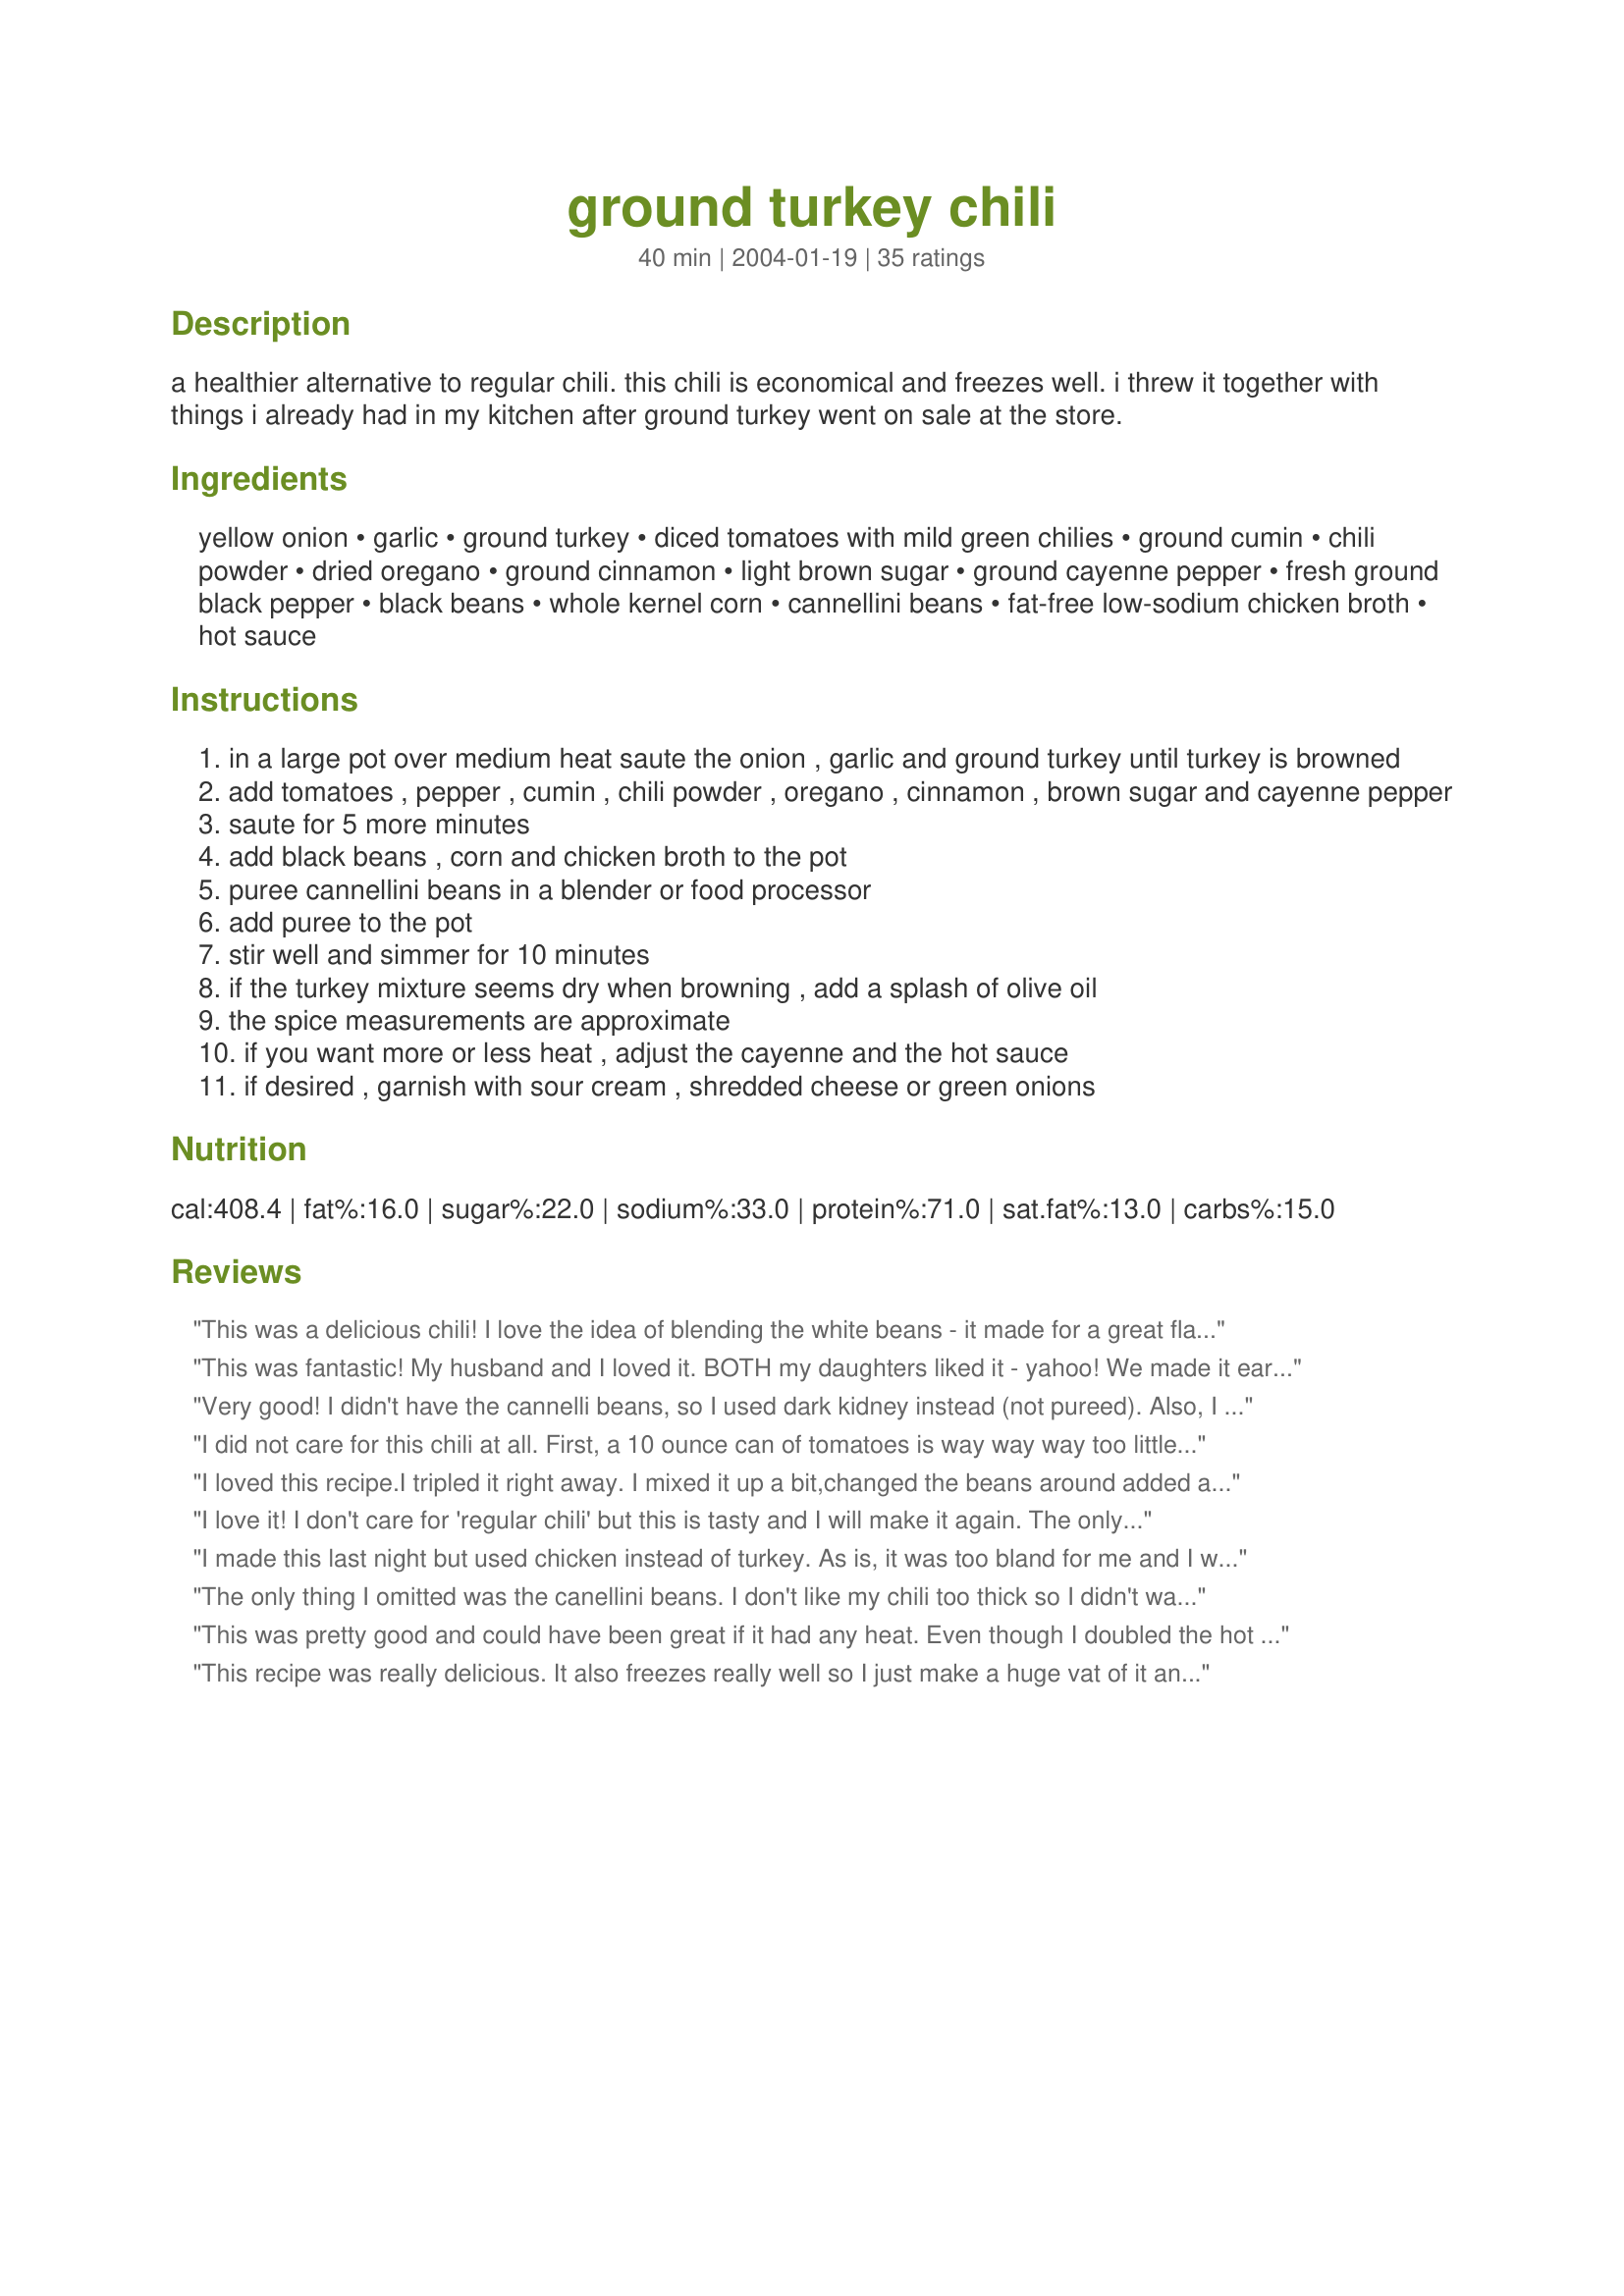
ground turkey chili
Preparation time: 40 minutes

a healthier alternative to regular chili. this chili is economical and freezes well. i threw it together with things i already had in my kitchen after ground turkey went on sale at the store.

Ingredients:
yellow onion, garlic, ground turkey, diced tomatoes with mild green chilies, ground cumin, chili powder, dried oregano, ground cinnamon, light brown sugar, ground cayenne pepper, fresh ground black pepper, black beans, whole kernel corn, cannellini beans, fat-free low-sodium chicken broth, hot sauce

Steps:
in a large pot over medium heat saute the onion , garlic and ground turkey until turkey is browned
add tomatoes , pepper , cumin , chili powder , oregano , cinnamon , brown sugar and cayenne pepper
saute for 5 more minutes
add black beans , corn and chicken broth to the pot
puree cannellini beans in a blender or food processor
add puree to the pot
stir well and simmer for 10 minutes
if the turkey mixture seems dry when browning , add a splash of olive oil
the spice measurements are approximate
if you want more or less heat , adjust the cayenne and the hot sauce
if desired , garnish with sour cream , shredded cheese or green onions

Reviews:
This was a delicious chili! I love the idea of blending the white beans - it made for a great flavour and creamy texture. I didn't have tomatoes with chilies, so I just put tomatoes and some salsa. I also did not add the sugar - it didn't need it in my opinion. Delish!
This was fantastic! My husband and I loved it. BOTH my daughters liked it - yahoo! We made it early in the day so 1/2 of it was gone before dinner. Thanks for the yummy recipe.
Very good! I didn't have the cannelli beans, so I used dark kidney instead (not pureed). Also, I had a frozen vegetable mix of onion and asstd bell peppers, used in place of straight onion. And 1/2 a can of tomato paste.
I know it sounds like I changed several things, but the spice combination is wonderful.
I did not care for this chili at all. First, a 10 ounce can of tomatoes is way way way too little for chili. I added four times that much. Also, there was not enough flavor. It's as if you had to double or triple all of the spices. The purée of a can of beans was nothing short of disgusting. It made the chili creamy. And who wants creamy chili? I'm always on the lookout for a good turkey chili recipe, and I continue to be.
I loved this recipe.I tripled it right away. I mixed it up a bit,changed the beans around added a little more of the spices like KM Soparano suggested in the original write-up ("spice to taste" is I believe what is written)...and because all I had at home was chicken boulion cubes I used three of them and added three bottles of this winter dark ale that I mistakenly bought at Christmas. It was aweful to drink but tasted fantastic in the chili.I've bookmarked the recipe with my own personal notes (chili is always a personal thing...) and I WILL make it again. Love the addition of cinnamon btw. :-)
I love it! I don't care for 'regular chili' but this is tasty and I will make it again. The only thing I did differently was add an additional cup of corn and I didn't puree the beans. The texture turned out just fine and I had one less thing to wash! Thank you KMSoprano for this excellent recipe! I loved the cinnamon flavor!
I made this last night but used chicken instead of turkey. As is, it was too bland for me and I would add 1/4 of the cinnamon that the recipe calls for. Had to double the cayenne and hot sauce and add a teaspoon of salt as well as a packet of Goya ham flavored seasoning. To give it some color since the meat didn&#039;t brown too well I added two teaspoons of tomato paste. Next time I will use half the black beans and add jalape&ntilde;os and green peppers. I love the spicy Mrs. Dash idea too.
The only thing I omitted was the canellini beans. I don't like my chili too thick so I didn't want to get one more dish dirty. I like my food with a bit more kick so I used jalapeños and also a green bell pepper. It was delicious. I agree with some reviewers about the cinnamon; I think I will leave it out next time. I actually was a bit concerned about it the whole time so I used only 1/4 tsp of cinnamon and I was still able to taste it and smell it. The DH loved it. We topped it with cheddar cheese and ate it with french bread. Thanks for sharing. I will never have to buy the chili spice mix again :-)
This was pretty good and could have been great if it had any heat.
Even though I doubled the hot sauce it was still very mild. Note that the recipe does not tell you when to add the hot sauce, so I added it at the same time as the black beans. Next time I will add jalapenos and increase the chili powder. It was healthy and tasted that way!
This recipe was really delicious. It also freezes really well so I just make a huge vat of it and stick it in the freezer. I did change this a little to my liking. I substituted kidney beans for the cannellini beans and I didn't use any corn. Instead of the brown sugar I use a natural sweetner that's called Stevia and I used only a packet of it. It came out delicious and I'm planning on making it again. Keep posting your great recipes and thank you!
This was absolutely delicious! I made it with a tomato soup base and it was soooo good! I used less cinnamon than called for and maybe next time I will leave it out all together. It gave it a nice aroma with the first bite, but bite after bite the cinnamon just kept coming on too strong. I felt like I was eating dessert chili. But with sour cream and cheese this really was a wonderful winter dish.
I have made your recipe twice and I love it!! This time, I just needed to use up some things in my kitchen, so I had a can of chili beans in mild sauce instead of the black beans, cannelini beans and corn and only had a can of tomato paste and a tomato cut up instead of a can of diced. I did have a can of green chiles, however. I must say, I loved it this way!! I also use a lot of spice because I love a kick! Thank you for the great recipe, it was awesome both times I made it and will be making it in the future for sure!
Everyone LOVED this recipe. The second time I made this chili I used ground chicken and added green beans it was just as good. Can't wait to make it again.
This chili is very tasty! I omitted the cinnamon and brown sugar, and used a drained 29-oz can of diced tomatoes plus a couple tablespoons of chopped jalanpenos instead of RoTel. I adore the idea of pureeing the cannellini beans in order to thicken this up-- what a great tip! Thanks so much.
Turkey chili is an excellent idea, and pureeing half of the beans is a master stroke (I used chickpeas) - it makes a wonderful texture. I'm slightly weirded out by the use of cinnamon - I think that I will omit next time. Otherwise, excellent innovative recipe.
I made this recipe with a few modifications because I didn't have some of the ingredients on hand. I left out the green chilis, added red, green, and yellow peppers, some carrots, and peas. I didn't have the green chilis or the corn both of which would have been great additions. However, the spice mix is lovely. The chili was superb, even with all my omissions. My very picky husband LOVED it! Thanks KMSoprano!
You are a smart cookie! A great recipe in under 30 minutes!! I love the pureed step of beans as well, but my grocery store didn't have any cannellini beans so I used pinto. Very nice flavor. I doubled it and will put the leftovers in the freezer for another quick dinner.
This Recipe is really good, I did not have the Caned beans but did have a can of hominy tasted really delicious,
This chili is awesome! I added green and red bell peppers and it was a huge hit in my house! It will definitely be on my regular rotation now!
I added rinsed and drained kidney beans and tomato sauce to get the color and consistency my hubby likes. It was great topped with sliced green onions and cheese. As with most chili, even better the next day.
This was a perfect chili for a rainy day... we had it with corn bread muffins and it was a done deal.... so delicious. The cinnamon adds a fresh new taste to chili!
This was a good hearty soup, although I don't know if I would call it a real chili. I tried this recipe because I liked how many spices went into it, but when I taste tested towards the end of cooking it was suprisingly bland. I had to add a good amount of hot sauce and double the cumin and chili powder before it had any flavor. Next time I make chili, I think I will opt for a more traditional recipe, but this is still a nice healthy alternative for people willing to try something different.
I substituted great northern beans for cannelini and added a can of red beans for variety. I use Tony Chachere Cajun seasoning so omitted the hot sauce. Had about a cup of tomato sauce left in the fridge so threw that in. Ditto for about 3 tblsps of barbecue sauce. Used Mexican corn because that was in the freezer. Omitted the cinnamon but the chili could probably have withstood a pinch of it. This seems to be a recipe you can play with!
This is an excellent recipe for different chili taste! I only used 1/4 tsp of cinnamon and it was still plenty of smell and taste-just enough. I also used cajun seasoning instead of hot sauce. It was great served with Jiffy cornbread. My DH loved it! It was pretty spicy. I will try only 1/2 to 2/3 of a can of RoTel next time. Definitely a keeper!!
This recipe is really brilliant! I was weirded out by the cinnamon at first but decided to go for it and I'm glad I did, because it lends such an incredible flavor. I think people are so used to seeing cinnamon used only in sweets that it seems weird when used with savory foods, but boy this chili is good! I make it in the crockpot, just brown the turkey first and then throw all the ingredients in. It really allows all the flavors to meld and it's so wonderful for winter! I don't add the hot sauce, because it's already spicy enough for me, and I serve it with sour cream and shredded cheese. This is definitely in my favorites file.
This was very different from the usual chili I make. It turned out good, just not what I was expecting. I ended up adding a tablespoon more chili powder and only using a 1/4 teaspoon of cinnamon and still found it a little overpowering and I do prefer more tomato in chili. I really liked the idea of adding pureed white beans. Thanks for sharing the recipe.
I used 2 28oz. cans of tomatoes. Added chopped peppers. Added 4 tbsp. butter and increased some spices. I did not puree beans as I forgot. This was an excellent recipe. will make this often.
It was fabulous. I did not put in the corn because I forgot to buy it at the store. I loved it without the added carbs.
Very good flavor. We modified the recipe slightly: A. Doubled diced tomatoes & green chili (2 cans instead of 1). B. Used unsalted chicken broth (instead of low sodium). C. Used 1/2 teaspoon Mrs. Dash Extra Spicy seasoning. D. Added 2 ounces canned Jalape?os. The flavor was fantastic (not too hot - just a little kick) but the chili could be thicker. Will try adding some cornmeal to thicken it more next time.
This was a fabulous recipe - even my fussy 9 year old ate most of it. It was fast, easy, and made my house smell like I'm a real cook.

I added some leftover risotto and pieces of potato to clean out my fridge. Wouldn't like add the potatoes next time (different texture).
Oooo so good! Thanks!
This is actually really yummy! My somewhat picky husband really liked it too! I used 2 cans of Navy beans instead (1 can blended) and it still turned out delicious! I've been trying to use ground LF turkey in new ways and this is perfect. Great healthy alternative to chili. I already printed and put into my recipe book in the kitchen so I can make over again!
This chile is amazing! I was looking for a low fat alternative using ground turkey, and this is the one! I doubled the tomatoes and added a little extra cumin, chile and brown sugar. I also used fresh corn. I smashed the beans in a bowl instead of pureeing, they really add a nice texture to the chile. My husband gave this recipe 5 stars and requested I make it again next week. Even in the heat of summer, this recipe isnt too heavy and is nice paired with a fresh garden salad.
We all seem to be tweaking this recipe to please our own taste buds -- which makes it an almost perfect recipe for everyone! Used kidney beans, rinsed & drained, no cannelli beans or corn, 1/4 t. cinnamon, and 6 oz. tomato paste to make a wonderful aromatic and full of flvor, fast & easy dinner for us...have added to my favorites for use again!
Very good. Loved the cinnamon! Not fond of overly spicy, so cut the heat so it had a nice bite, but was not too much. Didn't have white beans so substituted pintos for the pureed part and added a can of rinsed/drained kidney beans with the black beans. Btw, added a little more chili powder, cumin & black pepper. Will definitely make it again. Thx!
